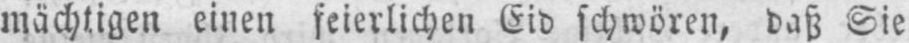
mächtigen einen feierlichen Eid schwören, daß Sie